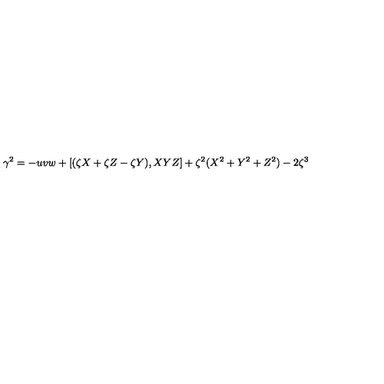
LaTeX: \gamma ^ { 2 } = - u v w + [ ( \zeta X + \zeta Z - \zeta Y ) , X Y Z ] + \zeta ^ { 2 } ( X ^ { 2 } + Y ^ { 2 } + Z ^ { 2 } ) - 2 \zeta ^ { 3 }